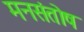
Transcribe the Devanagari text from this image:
मनसंतोष